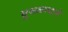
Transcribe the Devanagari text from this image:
घुसळण्याने